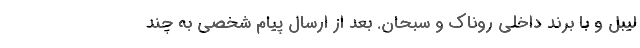
لیبل و با برند داخلی روناک و سبحان. بعد از ارسال پیام شخصی به چند